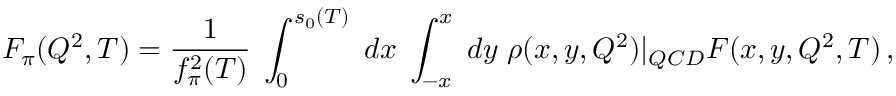
F _ { \pi } ( Q ^ { 2 } , T ) = \frac { 1 } { f _ { \pi } ^ { 2 } ( T ) } \; \int _ { 0 } ^ { s _ { 0 } ( T ) } \; d x \; \int _ { - x } ^ { x } \; d y \; \rho ( x , y , Q ^ { 2 } ) | _ { Q C D } F ( x , y , Q ^ { 2 } , T ) \, ,